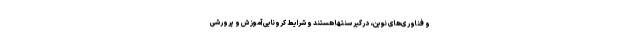
و فناوری‌های نوین، درگیر سنتها هستند و شرایط کرونایی آموزش و پرورشی